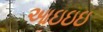
આઇઇઇ